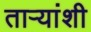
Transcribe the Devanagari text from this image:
ताऱ्यांशी